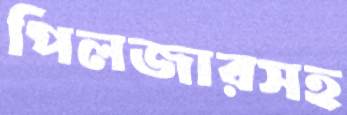
পিলজারসহ